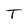
Character: T